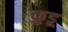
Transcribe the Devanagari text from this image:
कुडू